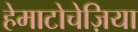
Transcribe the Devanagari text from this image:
हेमाटोचेज़िया